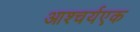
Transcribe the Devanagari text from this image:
आश्चर्यएक